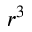
r ^ { 3 }